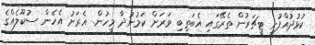
ކުޅުދުއްފުށީ ޓީޗަރުން ތެރޭގައި އެބަތިބި ވަރަށް ކަމުނުދާ މީހުން. އެރަށު އެހެން ސުކޫލެއްގެ